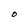
Character: O